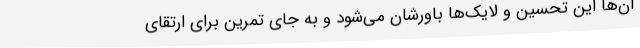
آن‌ها این تحسین و لایک‌ها باورشان می‌شود و به جای تمرین برای ارتقای